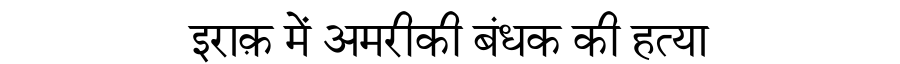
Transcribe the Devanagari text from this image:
इराक़ में अमरीकी बंधक की हत्या